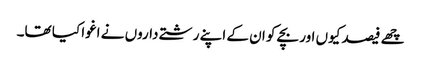
چھے فیصد کیوں اور بچے کو ان کے اپنے رشتے داروں نے اغوا کیا تھا۔